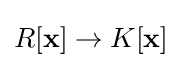
R[\mathbf {x} ]\to K[\mathbf {x} ]